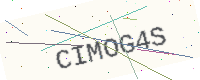
Text: CIMOG4S